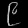
Digit: ၉